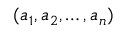
( a _ { 1 } , a _ { 2 } , \dots , a _ { n } )